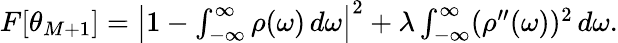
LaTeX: \begin{array}{r}{F[\theta_{M+1}]=\left|1-\int_{-\infty}^{\infty}\rho(\omega)\, d\omega\right|^{2}+\lambda\int_{-\infty}^{\infty}(\rho^{\prime\prime}(\omega))^{2}\, d\omega.}\end{array}